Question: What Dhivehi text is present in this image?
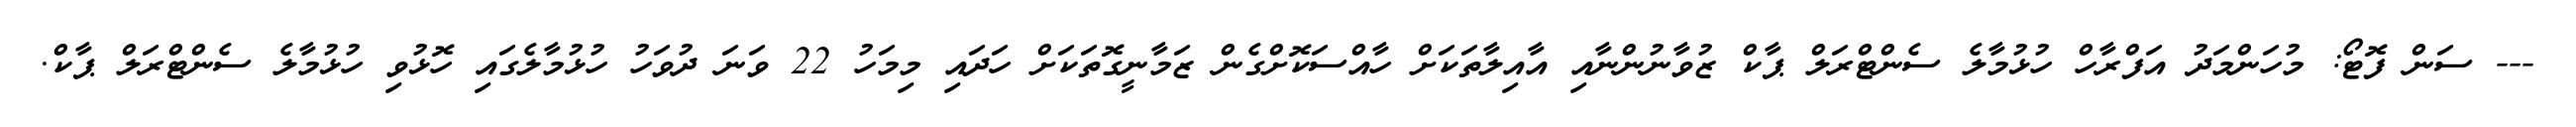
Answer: --- ސަން ފޮޓޯ: މުހަންމަދު އަފްރާހް ހުޅުމާލެ ސެންޓްރަލް ޕާކް ޒުވާނުންނާއި އާއިލާތަކަށް ހާއްސަކޮށްގެން ޒަމާނީގޮތަކަށް ހަދައި މިމަހު 22 ވަނަ ދުވަހު ހުޅުމާލެގައި ހޮޅުވި ހުޅުމާލެ ސެންޓްރަލް ޕާކް.